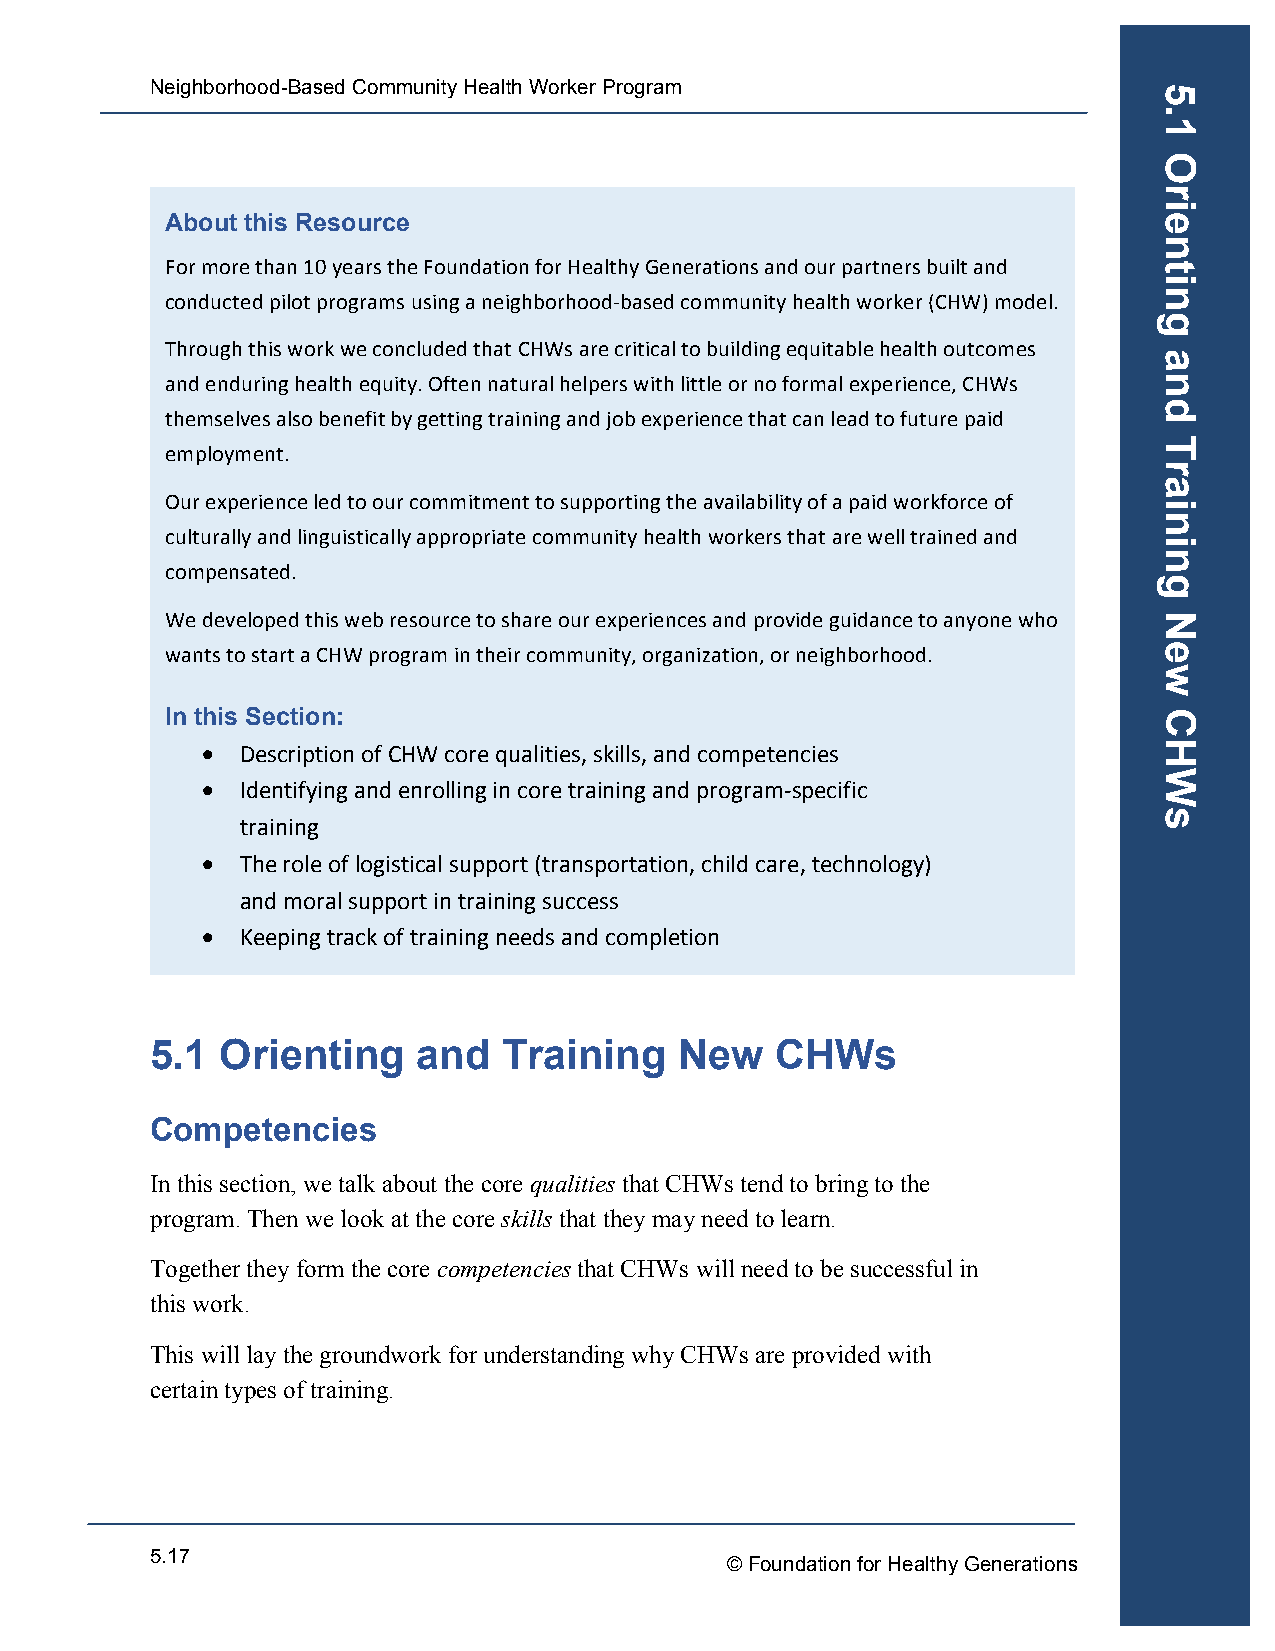
Neighborhood-Based Community Health Worker Program
 About this Resource
 For more than 10 years the Foundation for Healthy Generations and our partners built and
 conducted pilot programs using a neighborhood-­‐based community health worker (CHW) model.
 Through this work we concluded that CHWs are critical to building equitable health outcomes
 and enduring health equity. Often natural helpers with little or no formal experience, CHWs
 themselves also benefit by getting training and job experience that can lead to future paid
 employment.
 Our experience led to our commitment to supporting the availability of a paid workforce of
 culturally and linguistically appropriate community health workers that are well trained and
 compensated.
 We developed this web resource to share our experiences and provide guidance to anyone who
 wants to start a CHW program in their community, organization, or neighborhood.
 In this Section:
 •  Description of CHW core qualities, skills, and competencies
 •  Identifying and enrolling in core training and program-­‐specific
 training
 •  The role of logistical support (transportation, child care, technology)
 and moral support in training success
 •  Keeping track of training needs and completion
 5.1  Orienting    and  Training    New   CHWs
 Competencies
 In this section, we talk about the core qualities that CHWs tend to bring to the
 program. Then we look at the core skills that they may need to learn.
 Together they form the core competencies that CHWs will need to be successful in
 this work.
 This will lay the groundwork for understanding why CHWs are provided with
 certain types of training.
 5.17
 © Foundation for Healthy Generations
 5.1
 Orienting
 and
 Training
 New
 CHWs